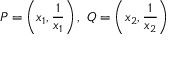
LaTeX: P = \left( x _ { 1 } , { \frac { 1 } { x _ { 1 } } } \right) , \ Q = \left( x _ { 2 } , { \frac { 1 } { x _ { 2 } } } \right)